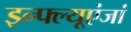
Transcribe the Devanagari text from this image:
इन्फ्ल्यूएंजां